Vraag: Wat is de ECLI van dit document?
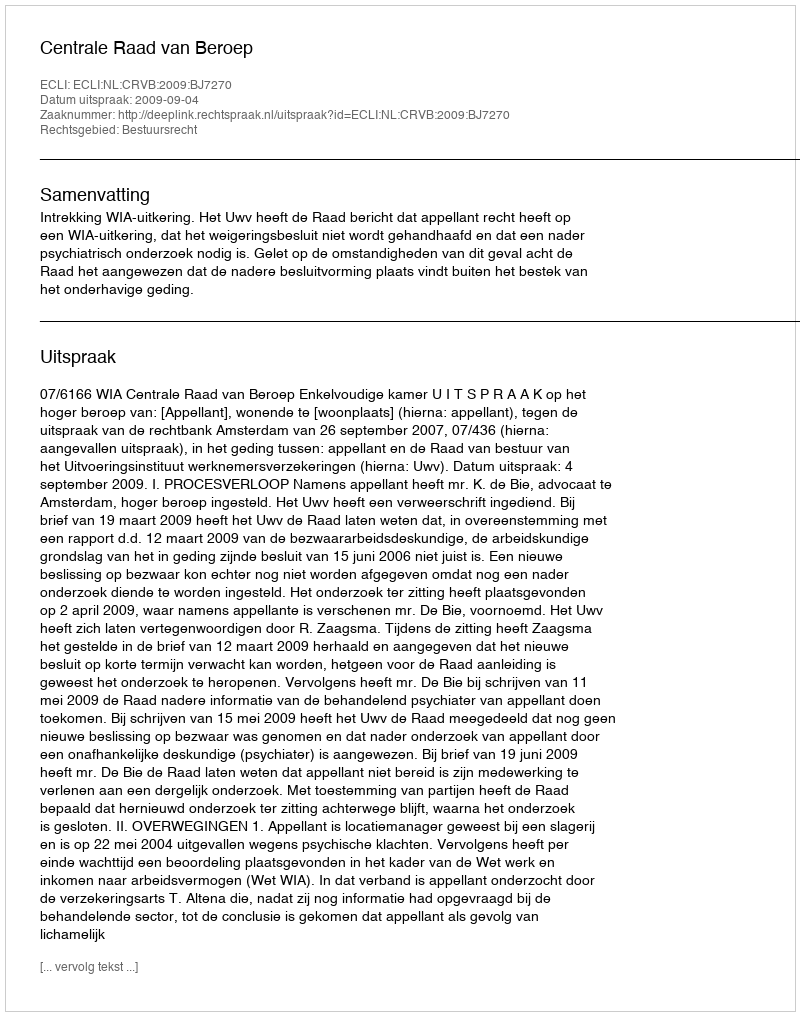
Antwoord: ECLI:NL:CRVB:2009:BJ7270